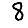
Digit: 8